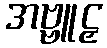
အဗ္ဗူဠှ